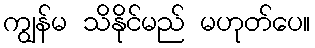
ကျွန်မ သိနိုင်မည် မဟုတ်ပေ။